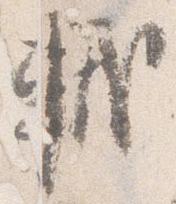
軾